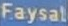
Faysal